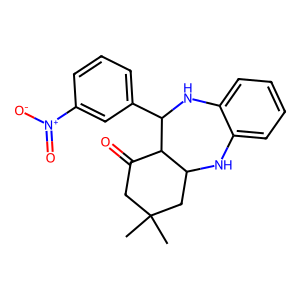
SMILES: CC1(C)CC(=O)C2C(C1)Nc1ccccc1NC2c1cccc([N+](=O)[O-])c1
Inhibits HIV replication: No